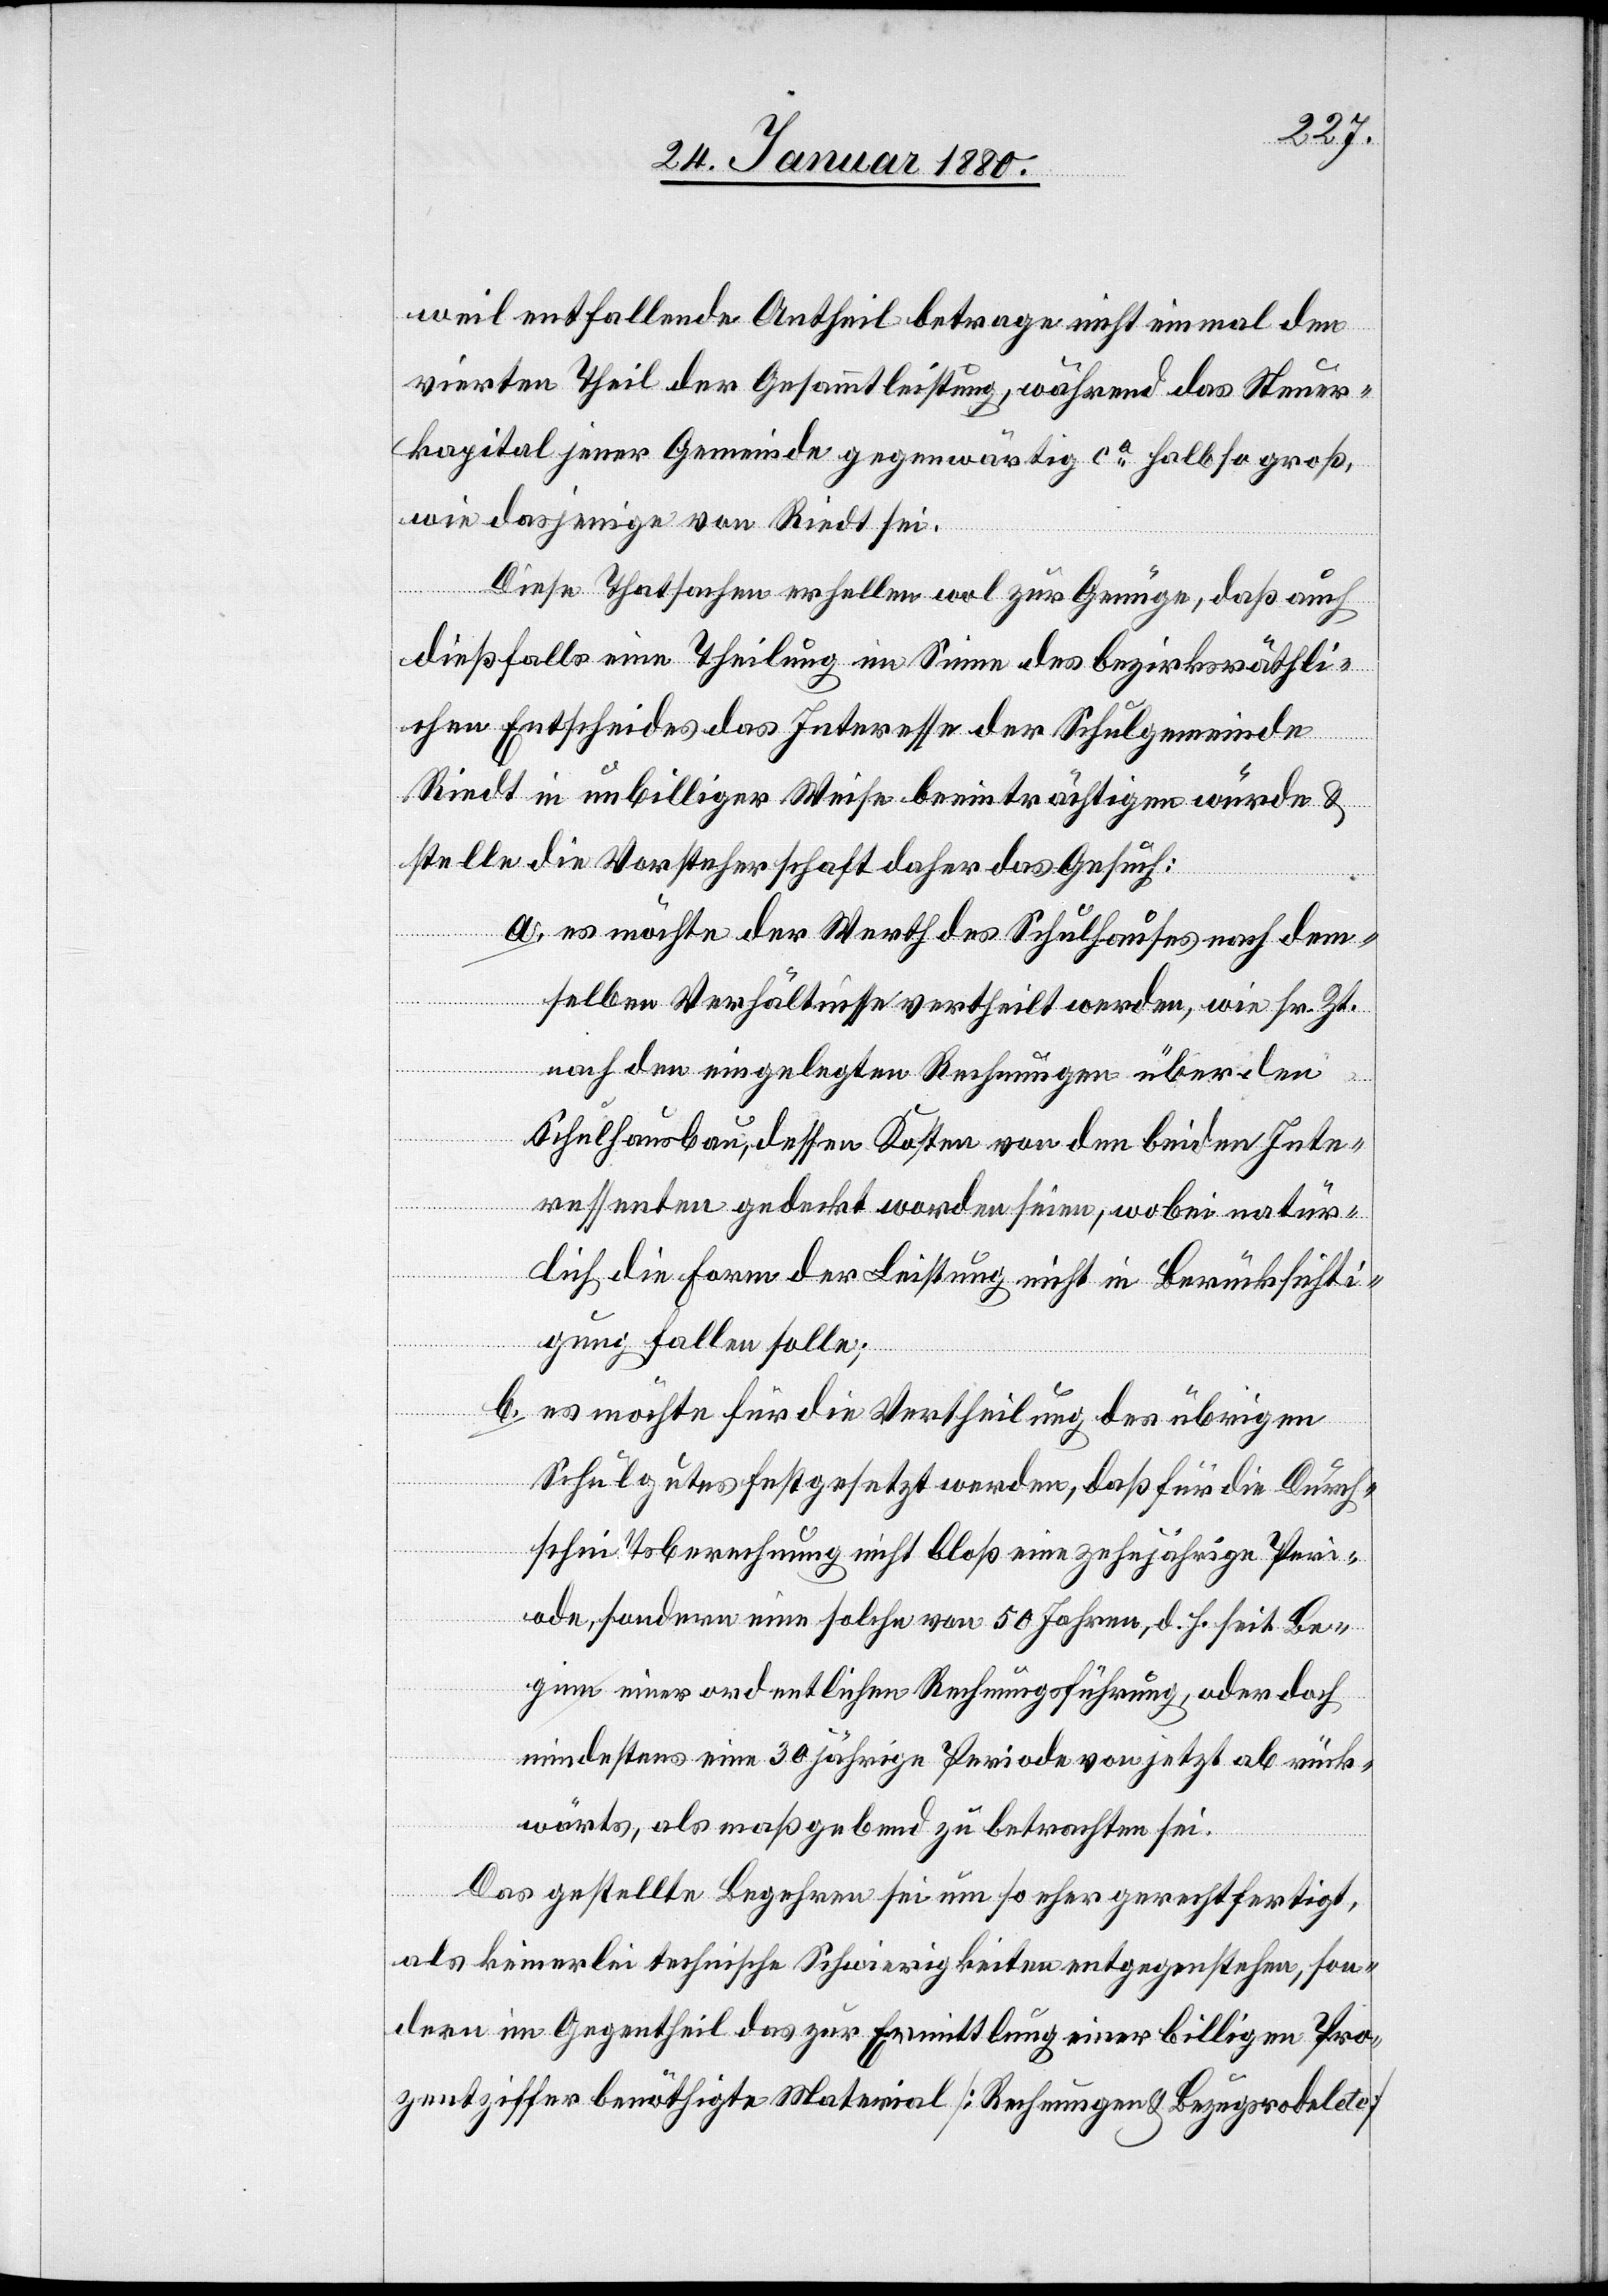
weil entfallende Antheil betrage nicht einmal den
vierten Theil der Gesammtleistung, während das Steuer¬
kapital jener Gemeinde gegenwärtig ca halb so groß
wie dasjenige von Riedt sei.
Diese Thatsachen erhellen wol zur Genüge, daß auch
dießfalls eine Theilung im Sinne des bezirksräthli¬
chen Entscheides das Interesse der Schulgemeinde
Riedt in unbilliger Weise beeinträchtigen würde &
stelle die Vorsteherschaft daher das Gesuch:
a. es möchte der Werth des Schulhauses nachdem¬
selben Verhältnisse vertheilt werden, wie sr. Zt.
nach den eingelegten Rechnungen über den
Schulhausbau, dessen Kosten von den beiden Inte¬
ressenten gedeckt worden seien, wobei natür¬
lich die Form der Leistung nicht in Berücksichti¬
gung fallen solle;
b. es möchte für die Vertheilung des übrigen
Schulgutes festgesetzt werden, daß für die Durch¬
schnittsberechnung nicht bloß eine zehnjährige Peri¬
ode, sondern eine solche von 50 Jahren, d. h. seit Be¬
ginn einer ordentlichen Rechnungsführung, oder doch
mindestens eine 30 jährige Periode von jetzt ab rück¬
wärts, als maßgebend zu betrachten sei.
Das gestellte Begehren sei um so eher gerechtfertigt,
als keinerlei technische Schwierigkeiten entgegenstehen, son¬
dern im Gegentheil das zur Ermittlung einer billigen Pro¬
zentziffer benöthigte Material [Rechnung & Bezugsrodel etc.]